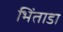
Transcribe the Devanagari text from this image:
भिंताडा